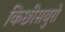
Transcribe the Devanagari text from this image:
किछीसबुरो